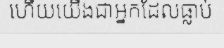
ហើយយើងជាអ្នកដែលធ្លាប់